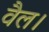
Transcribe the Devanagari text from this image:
वैल।